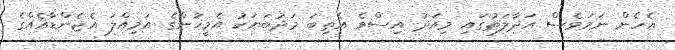
އެހެން ނަމަވެސް އަދާލަތުގައި މިއަދު އިސްވެ އެތިބަ މަދުބަޔަކު އެމީހުންގެ އަމިއްލަ އެޖެންޑާއެއްގެ